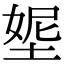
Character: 𡌰